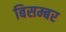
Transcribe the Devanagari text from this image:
बिसम्बर